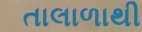
તાલાળાથી